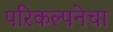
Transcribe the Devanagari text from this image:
परिकल्पनेचा